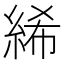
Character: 絺